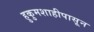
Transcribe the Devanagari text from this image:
हुकुमशाहीपासून